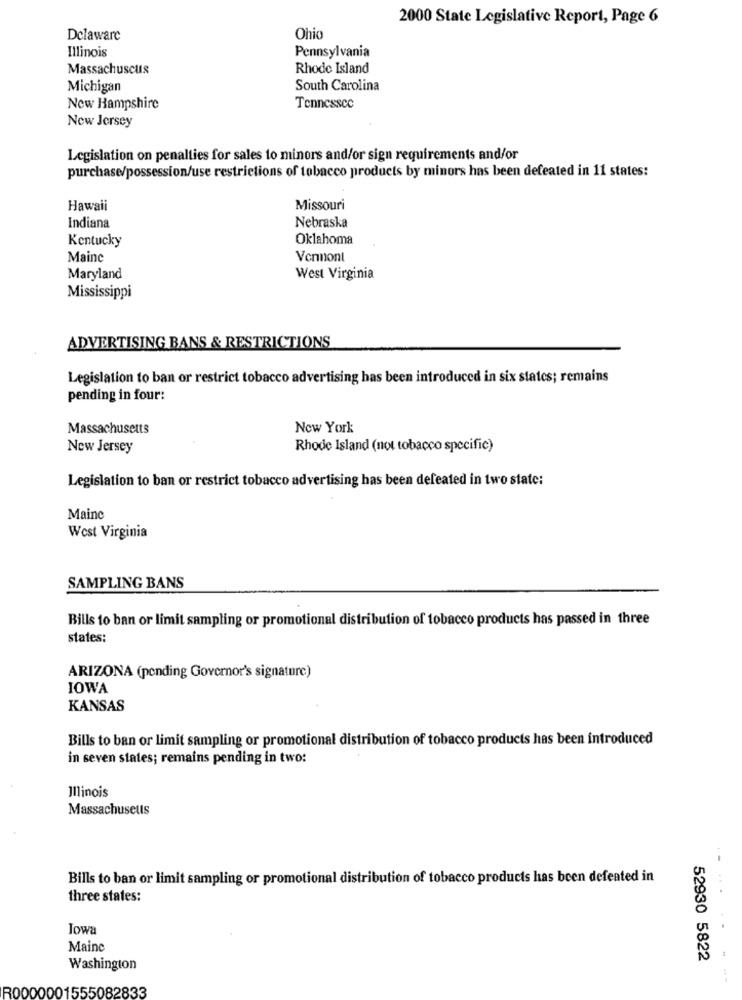
2000 State Legislative Report, Page 6
Delaware
Ohio
Illinois
Pennsylvania
Massachuscus
Rhode Island
Michigan
South Carolina
New Hampshire
Tennessee
New Jersey
Legislation on penalties for sales to minors and/or sign requirements and/or
purchase/possession/use restrictions of tobacco products by minors has been defeated in 11 states:
Hawaii
Missouri
Indiana
Nebraska
Kentucky
Oklahoma
Maine
Vermont
Maryland
West Virginia
Mississippi
ADVERTISING BANS & RESTRICTIONS
Legislation to ban or restrict tobacco advertising has been introduced in six states; remains
pending in four:
Massachusetts
New York
New Jersey
Rhode Island (not tobacco specific)
Legislation to ban or restrict tobacco advertising has been defeated in two state:
Mainc
West Virginia
SAMPLING BANS
Bills to ban or limit sampling or promotional distribution of tobacco products has passed in three
states:
ARIZONA (pending Governor's signature)
IOWA
KANSAS
Bills to ban or limit sampling or promotional distribution of tobacco products has been introduced
in seven states; remains pending in two:
Illinois
Massachusetts
Bills to ban or limit sampling or promotional distribution of tobacco products has been defeated in
three states:
Iowa
Mainc
52930 5822
Washington
R0000001555082833